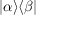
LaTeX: | \alpha \rangle \langle \beta |